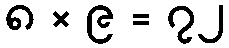
၈ × ၉ = ၇၂